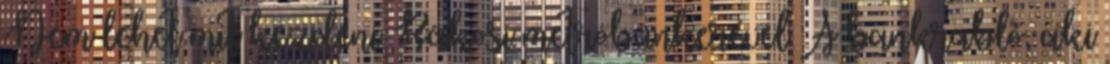
Nem lehet mit kezdeni Rákosi metróbunkerével A bankrabló, aki